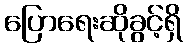
ပြောရေးဆိုခွင့်ရှိ